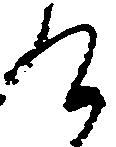
け